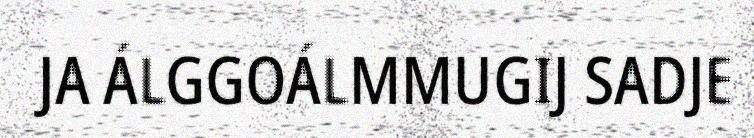
JA ÁLGGOÁLMMUGIJ SADJE